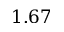
1 . 6 7